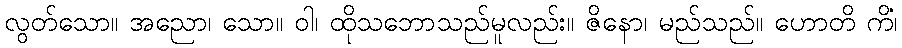
လွတ်သော။ အညော၊ သော။ ဝါ၊ ထိုသဘောသည်မူလည်း။ ဇိနော၊ မည်သည်။ ဟောတိ ကိံ၊